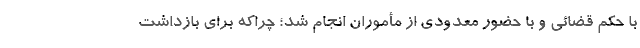
با حکم قضائی و با حضور معدودی از مأموران انجام شد؛ چرا‌که برای بازداشت